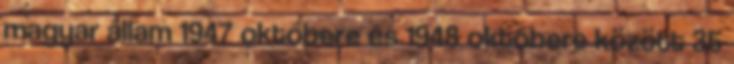
magyar állam 1947 októbere és 1948 októbere között 35